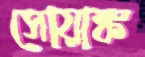
সোয়াঙ্ক